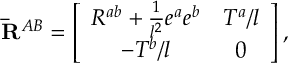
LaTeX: { \bf \bar { R } } ^ { A B } = \left[ \begin{array} { c c } { { R ^ { a b } + \frac { 1 } { l ^ { 2 } } e ^ { a } e ^ { b } } } & { { T ^ { a } / l } } \\ { { - T ^ { b } / l } } & { { 0 } } \end{array} \right] ,